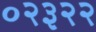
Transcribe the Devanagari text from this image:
०२३२२